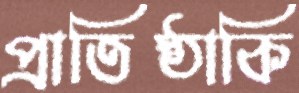
প্রাতিষ্ঠাকি